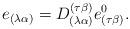
LaTeX: \begin{align*}e_{(\lambda \alpha)}=D^{(\tau\beta)}_{(\lambda \alpha)}e^{0}_{(\tau\beta)}.\end{align*}